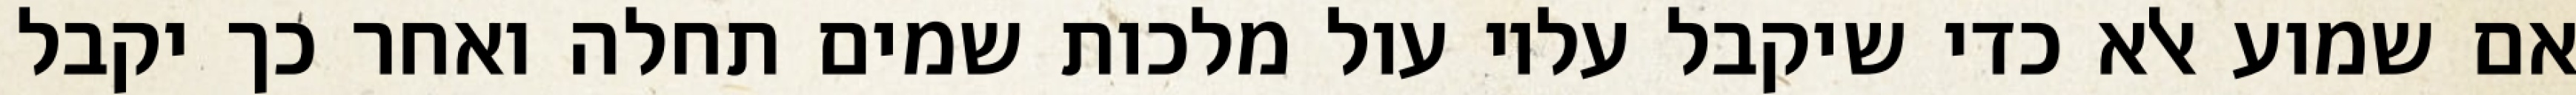
אם שמוע אלא כדי שיקבל עליו עול מלכות שמים תחלה ואחר כך יקבל